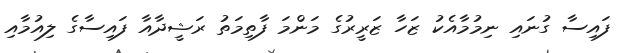
ފައިސާ ގުނައި ނިމުމާއެކު ޒަހާ ޒަރީރުގެ މަންމަ ފާތިމަތު ރަޝީދާއާ ފައިސާގެ ލިއުމާއި